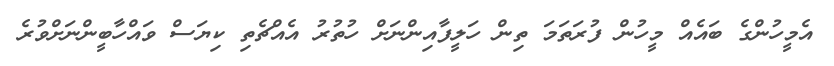
އެމީހުންގެ ބައެއް މީހުން ފުރަތަމަ ތިން ހަލީފާއިންނަށް ހުތުރު އެއްޗެތި ކިޔަސް ވައްހާބީންނަށްވުރެ